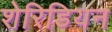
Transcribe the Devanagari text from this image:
शेरिडियन